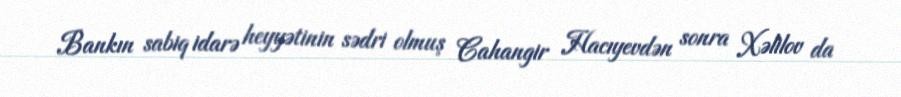
Bankın sabiq idarə heyyətinin sədri olmuş Cahangir Hacıyevdən sonra Xəlilov da